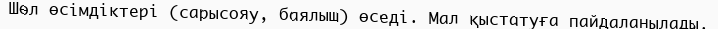
Шөл өсімдіктері (сарысояу, баялыш) өседі. Мал қыстатуға пайдаланылады.